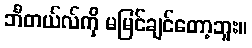
ဘီတယ်လ်ကို မမြင်ချင်တော့ဘူး။